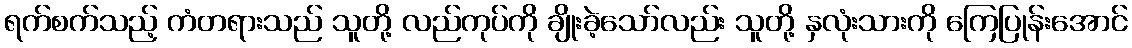
ရက်စက်သည့် ကံတရားသည် သူတို့ လည်ကုပ်ကို ချိုးခဲ့သော်လည်း သူတို့ နှလုံးသားကို ကြေပြုန်းအောင်